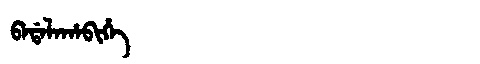
Manchu: ᠪᠠᡩᠠᠯᠠᡥᠠᠪᡳᡥᡝ
Romanization: BADALAHABIHE